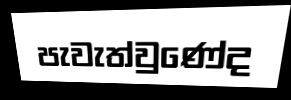
පැවැත්වුණේද